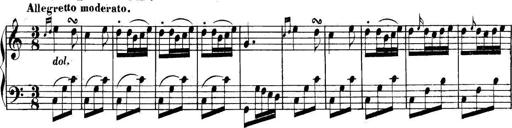
Title: Collected Piano Sonatas
Composer: Muzio Clementi